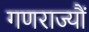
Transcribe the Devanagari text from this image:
गणराज्यौं